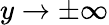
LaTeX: y\rightarrow\pm\infty